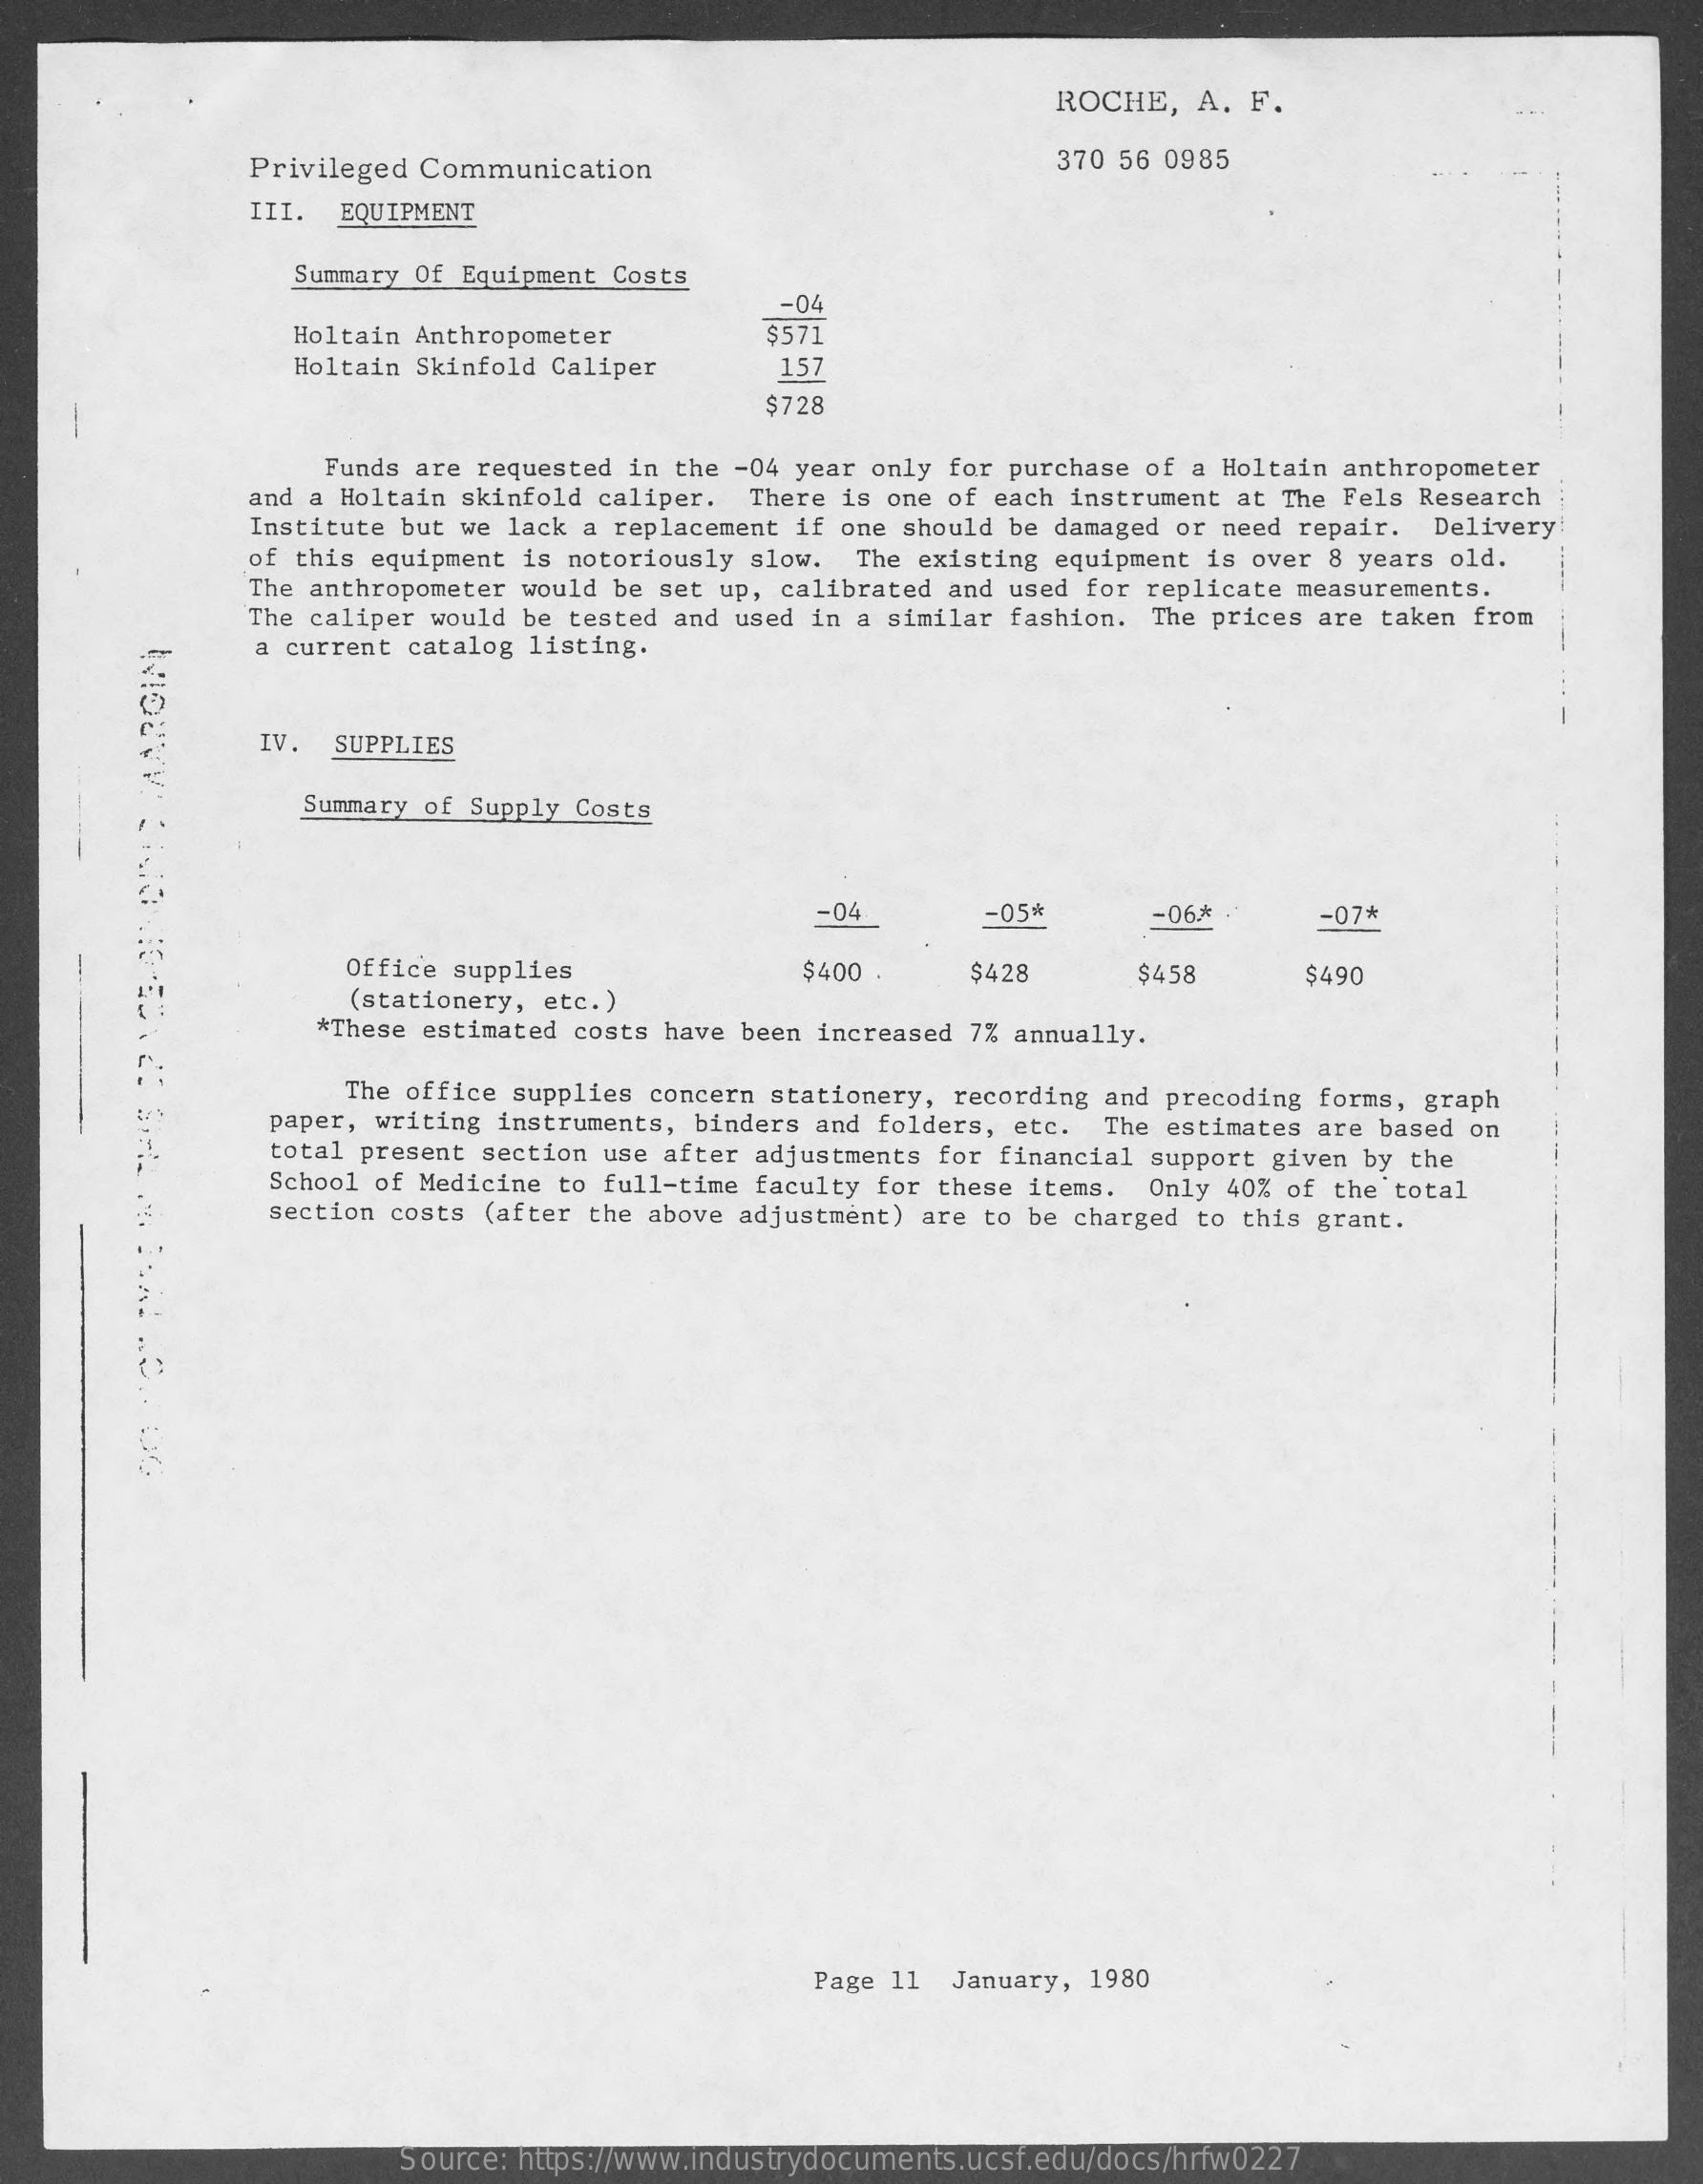
ROCHE,  A. F.
     Privileged Communication    370 56 0985
     III. EQUIPMENT
     Summary Of Equipment Costs
     -04
     Holtain Anthropometer    $571
     Holtain Skinfold Caliper    157
     $728
     Funds are requested in the -04 year only for purchase of a Holtain anthropometer
     and a Holtain skinfold caliper. There is one of each instrument at The Fels Research
     Institute but we lack a replacement if one should be damaged or need repair. Delivery
     of this equipment is notoriously slow. The existing equipment is over 8 years old.
     The anthropometer would be set up, calibrated and used for replicate measurements.
     The caliper would be tested and used in a similar fashion. The prices are taken from
     a current catalog listing.
     IV. SUPPLIES
     Summary of Supply Costs
     -04    -05*    -06 .*    -07*
     Office supplies    $400 .    $428    $458    $490
     (stationery, etc.)
     *These estimated costs have been increased 7% annually.
     The office supplies concern stationery, recording and precoding forms, graph
     paper, writing instruments, binders and folders, etc. The estimates are based on
     total present section use after adjustments for financial support given by the
     School of Medicine to full-time faculty for these items. Only 40% of the total
     section costs (after the above adjustment) are to be charged to this grant.
     Page 11 January, 1980
     Source: https://www.industrydocuments.ucsf.edu/docs/hrfw0227